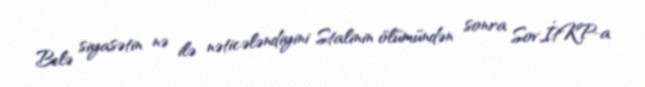
Belə siyasətin nə ilə nəticələndiyini Stalinin ölümündən sonra Sov.İtKP-a